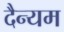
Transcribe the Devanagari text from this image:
दैन्यम